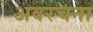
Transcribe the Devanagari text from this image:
अवरचना